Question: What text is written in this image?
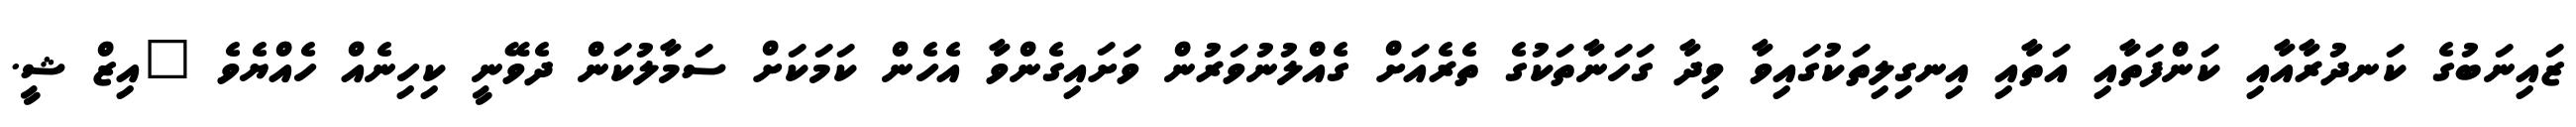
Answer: ޒައިނަބުގެ ކަނދުރާއާއި ކަންފަތާއި އަތާއި އިނގިލިތަކުގައިވާ ވިދާ ގަހަނާތަކުގެ ތެރެއަށް ގެއްލުނުވަރުން ވަށައިގެންވާ އެހެން ކަމަކަށް ސަމާލުކަން ދެވޭނީ ކިހިނެއް ހެއްޔެވެ "އިޒް ޝީ.